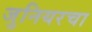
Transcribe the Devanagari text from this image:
जुनियरचा